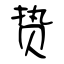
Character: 贽